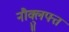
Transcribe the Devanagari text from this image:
नौक्लुफ्त